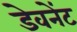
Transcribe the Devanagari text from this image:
डेवनेंट